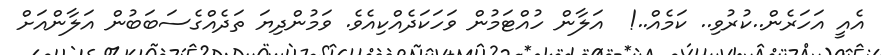
އެއީ އަހަރެން..ކުރުވި.. ކަމެއް..!  އަލާން ހުއްޓަމުން ވަހަކަދެއްކިއެވެ. ވަމުންދިޔަ ތަދެއްގެސަބަބުން އަލާންއަށް